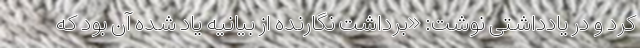
کرد و در یادداشتی نوشت: «برداشت نگارنده از بیانیه یاد شده آن بود که